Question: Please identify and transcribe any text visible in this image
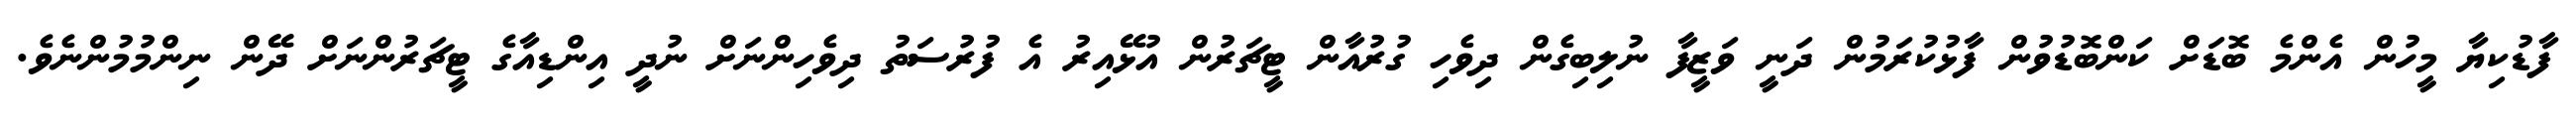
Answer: ފާޑުކިޔާ މީހުން އެންމެ ބޮޑަށް ކަންބޮޑުވުން ފާޅުކުރަމުން ދަނީ ވަޒީފާ ނުލިބިގެން ދިވެހި ގުރުއާން ޓީޗަރުން އުޅޭއިރު އެ ފުރުސަތު ދިވެހިންނަށް ނުދީ އިންޑިއާގެ ޓީޗަރުންނަށް ދޭން ނިންމުމުންނެވެ.